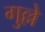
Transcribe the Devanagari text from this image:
गुल्ले